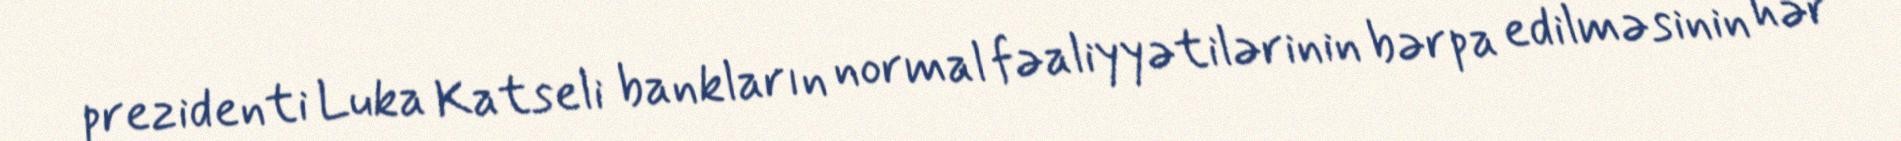
prezidenti Luka Katseli bankların normal fəaliyyətilərinin bərpa edilməsinin hər